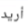
أريد